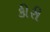
કીરી